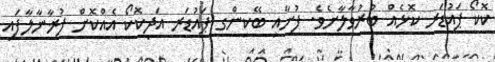
ކޮކޯ ޕައުޑަރ ކޮޅެއް ބުރުވާލާށެވެ. ފުށާއި ބޭކިންގ ޕައުޑަރ އަދިކޮކޯ އެއްކޮށް ފުރާނާލާފައި